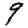
Digit: 9